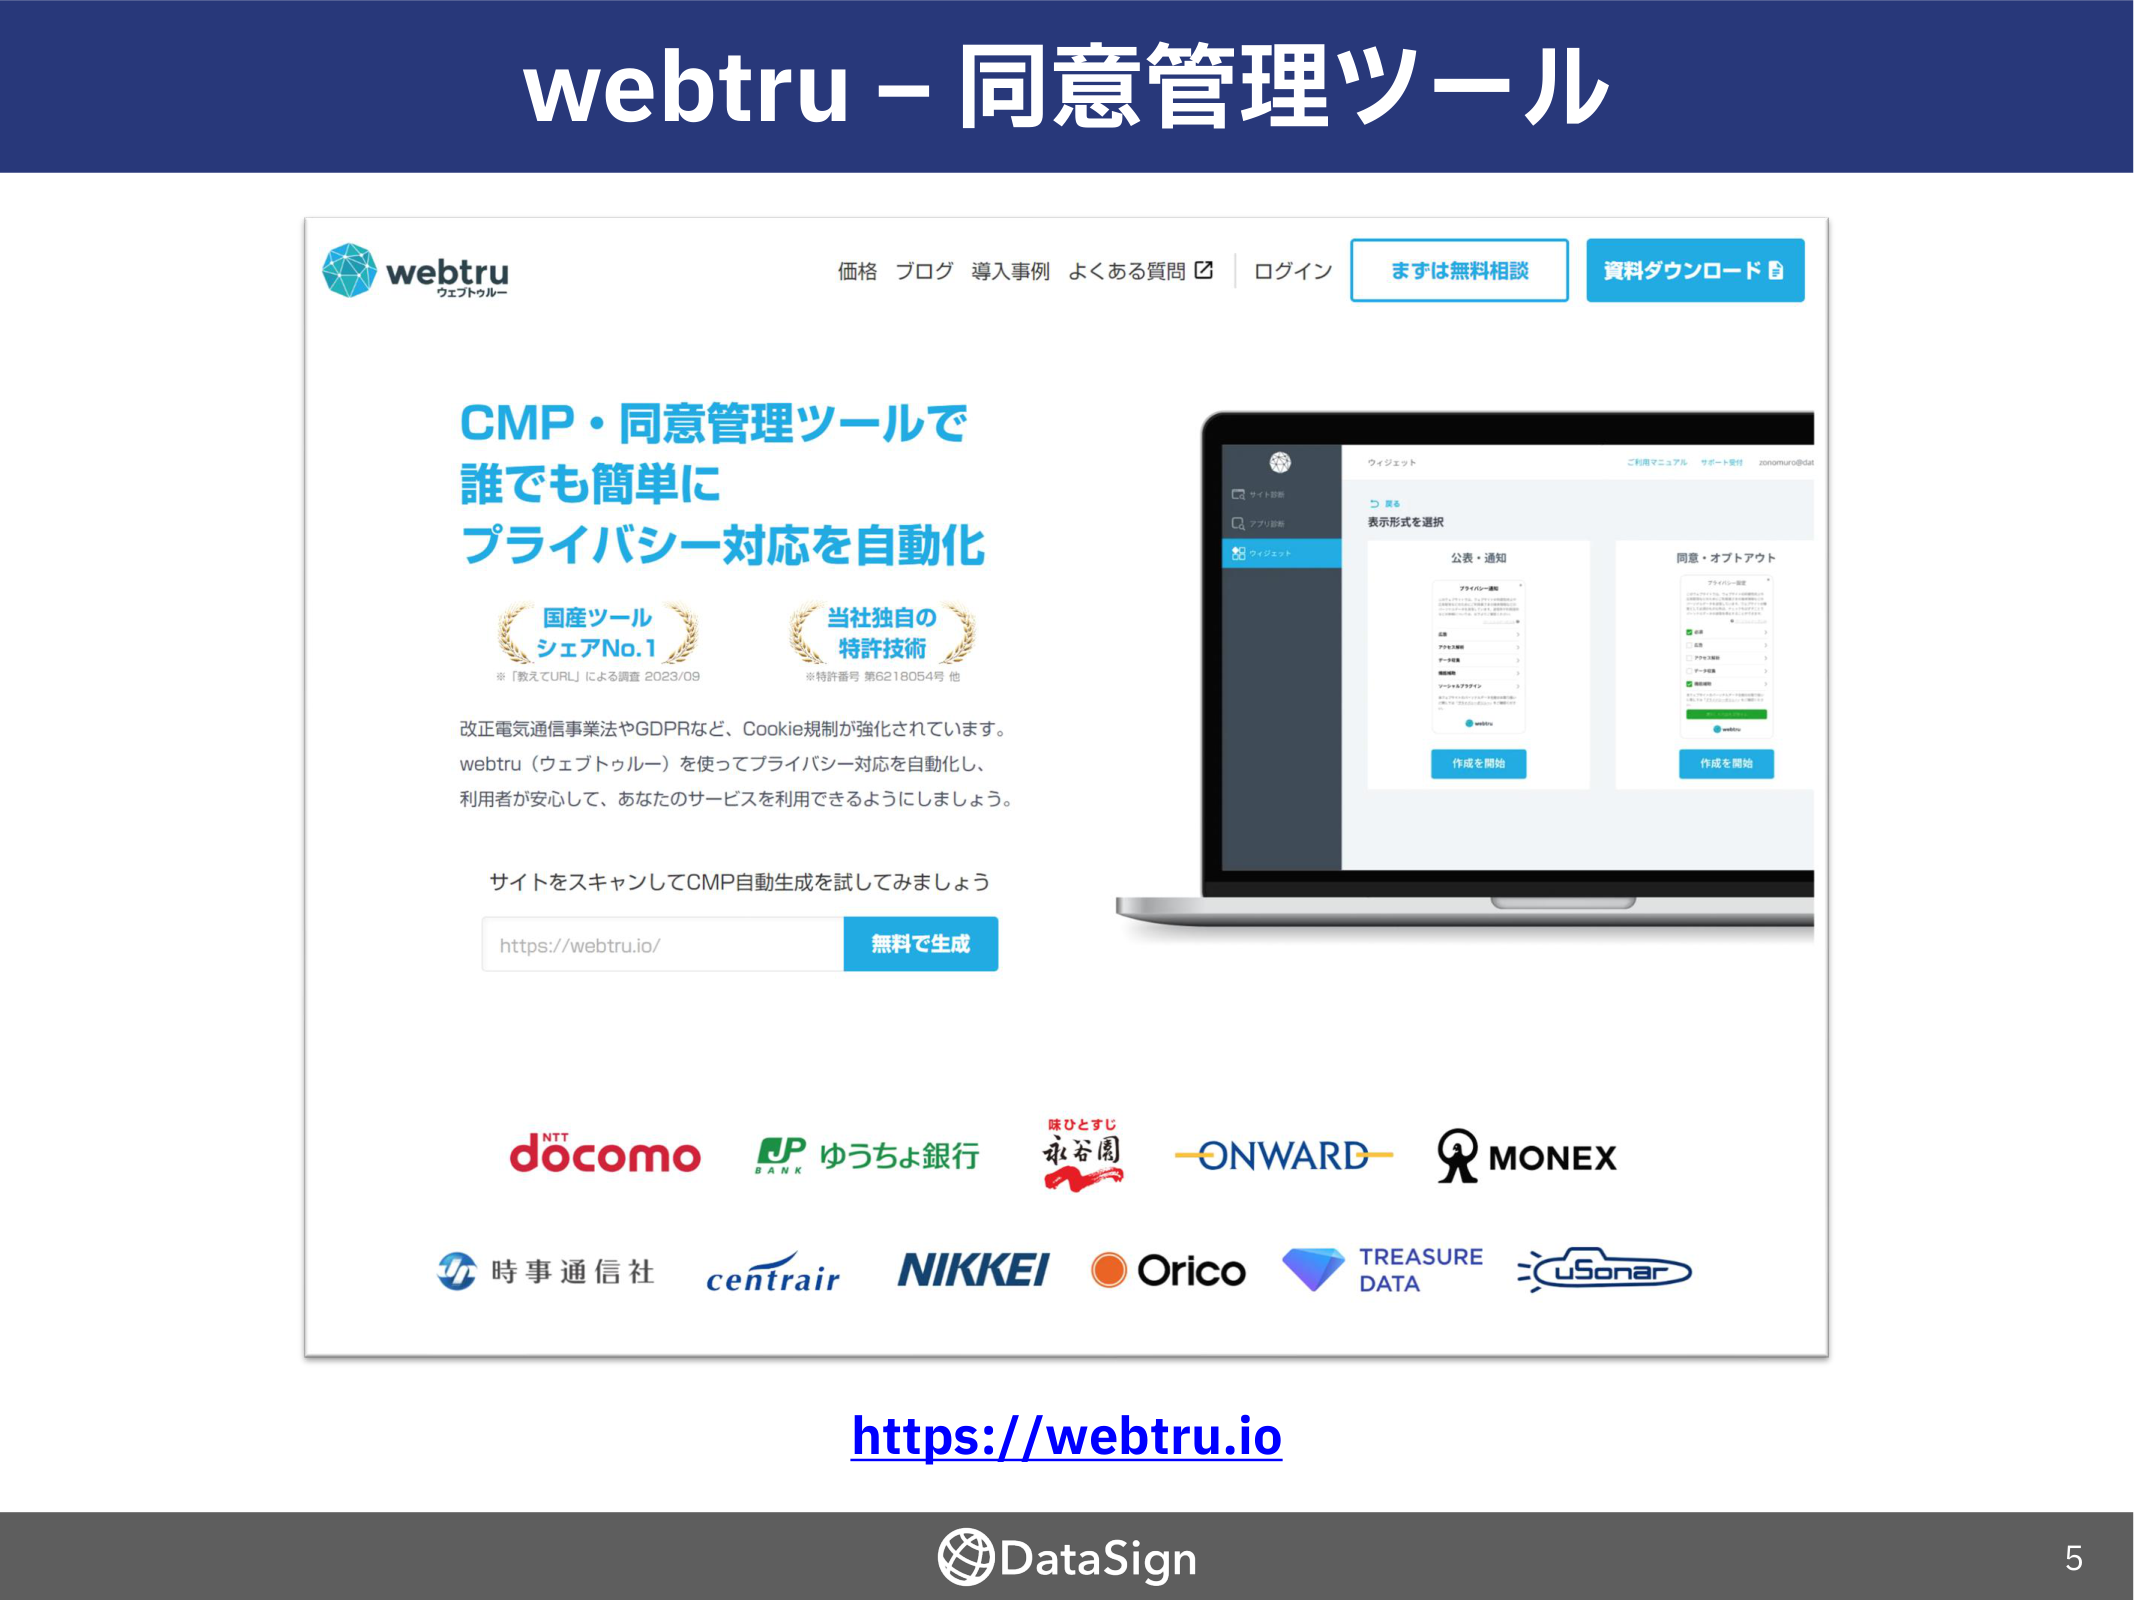
webtru – 同意管理ツール

webtru
ウェブトゥルー

価格 ブログ 導入事例 よくある質問 📥 | ログイン
まずは無料相談
資料ダウンロード 📥

CMP・同意管理ツールで
誰でも簡単に
プライバシー対応を自動化

国産ツール
シェアNo.1
※「教えてURL」による調査 2023/09

当社独自の
特許技術
※特許番号 第6218054号 他

改正電気通信事業法やGDPRなど、Cookie規制が強化されています。
webtru（ウェブトゥルー）を使ってプライバシー対応を自動化し、
利用者が安心して、あなたのサービスを利用できるようにしましょう。

サイトをスキャンしてCMP自動生成を試してみましょう
https://webtru.io/
無料で生成

ウィジェット
ご利用マニュアル サポート受付 zonamuro@dat

サイト診断
アプリ診断
ウィジェット

表示形式を選択

公表・通知
プライバシー通知
広告
アクセス解析
データ収集
機能追加
ソーシャルメディア
webtru
作成を開始

同意・オプトアウト
プライバシー設定
広告
アクセス解析
データ収集
機能追加
webtru
作成を開始

NTT docomo
JP BANK ゆうちょ銀行
味ひとすじ 承谷園
ONWARD
MONEX
時事通信社
centrair
NIKKEI
Orico
TREASURE DATA
uSonar

https://webtru.io

DataSign
5